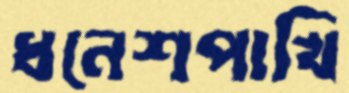
ধনেশপাখি